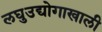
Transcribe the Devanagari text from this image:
लघुउद्योगाखाली